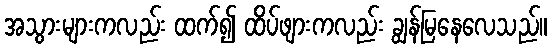
အသွားများကလည်း ထက်၍ ထိပ်ဖျားကလည်း ချွန်မြနေလေသည်။